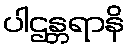
ပါဌန္တရာနိ